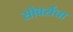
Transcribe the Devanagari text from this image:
सोबर्सचा